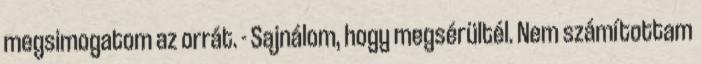
megsimogatom az orrát. - Sajnálom, hogy megsérültél. Nem számítottam